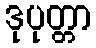
ဒုပုတ္တာ